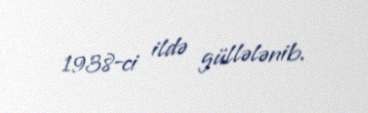
1938-ci ildə güllələnib.